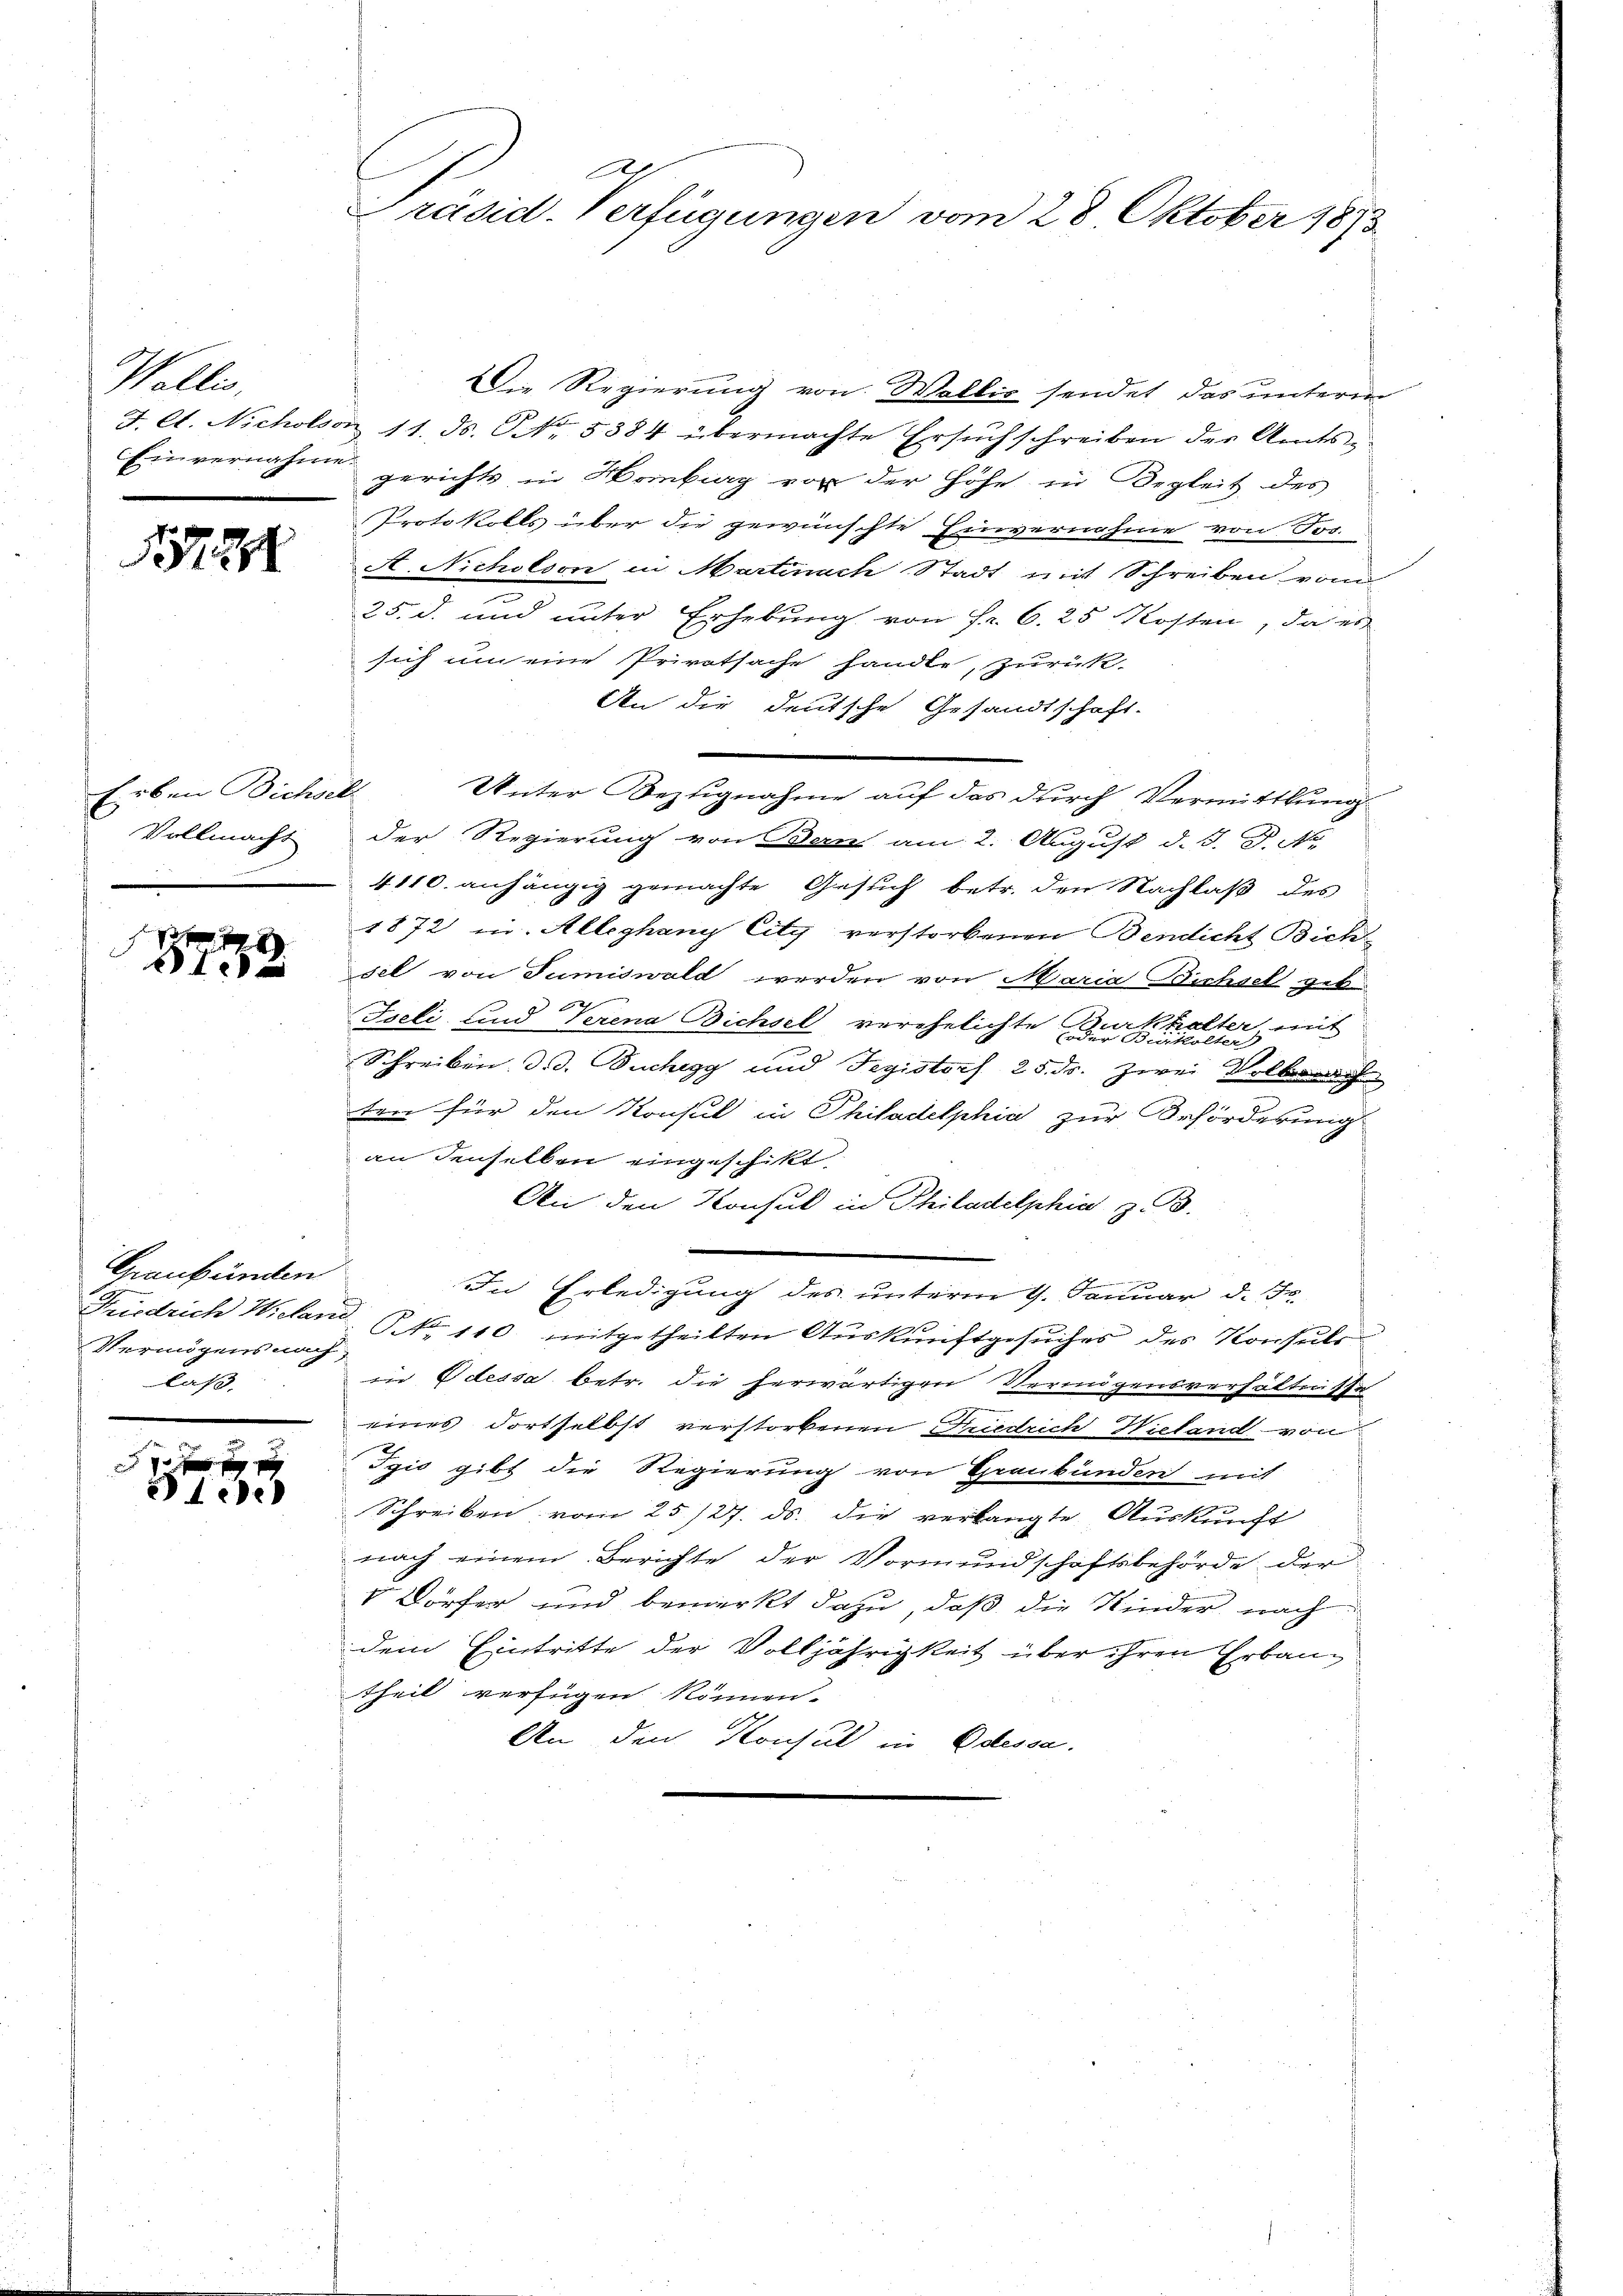
Wallis.
F. C. Nichols
Einvernahme

1572

Erben Bichsel
Vollmacht

872

Graubünden
Vermögensnach,
laß.

9
ede

Präsid. Verfügungen vom 28. Oktober 1873

Die Regierung von Wallis sendet das unterm
11. ds. NNo. 5384 übermachte Ersuchschreiben der Amtsgerichts in Hamburg vor der Höhe in Begleit des
Protokolls über die gewünschte Einvernahme von Tos.
A. Nicholson in Martinach Stadt mit Schreiben von
25. d. und unter Erhebung von Fr. 6. 25 Kosten, da es
sich um eine Privatsache handle, zurück-
An die deutsche Gesandtschaft.
Unter Bezugnahme auf das durch Vermittlung
der Regierung von Bern am 2. August d. J. P. Nr.
4110. anhängig gemachte Gesuch betr. den Nachlaß des
1872 in Alleghany City verstorbenen Bendicht Bich-
sel von Sumiswald werden von Maria Bichsel geb
Iseli und Verena Bichsel verehelichte
halter mit
A
der Burckholter
Schreiben d. d. Buchegg und Tegistorf 25. dr. Zwei Volksrech
ten für den Konsul in Philadelphia zur Beförderung
an denselben eingeschikt.
An den Konsul in Philadelphia z. B.
In Erledigung des unterm 9. Januar d. J.
Friedrich Wieland. NNo. 110 mitgetheilten Aŭskŭnftgesŭches des Konsuls
in Odessa betr. die herwärtigen Vermögensverhältnisse
eines dortselbst verstorbenen Friedrich Wieland von
Tgis gibt die Regierung von Graubünden mit
Schreiben vom 25/27. ds. die verlangte Auskunft
nach einem Berichte der Vormundschaftsbehörde der
V Dörfer und bemerkt dazu, daß die Kinder nach
dem Eintritte der Volljährigkeit über ihren Erbaug
theil verfügen können.
An den Konsul in Odessa.